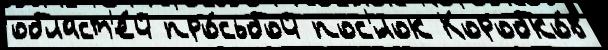
област'е́й про́сьбой пос'́лок Коробко́в